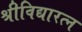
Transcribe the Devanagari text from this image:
श्रीविद्यारत्न